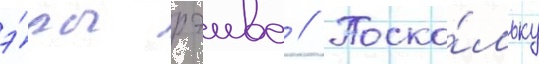
э́ры рэива // Поско́льку